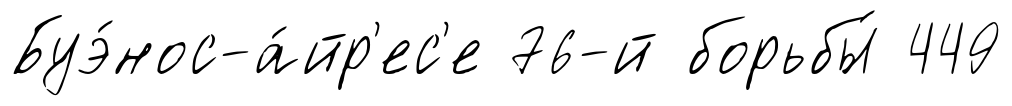
Буэ́нос-а́йр'ес'е 76-й борьбы́ 449